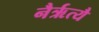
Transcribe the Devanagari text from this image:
नैर्ऋत्यै